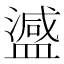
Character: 𬐴